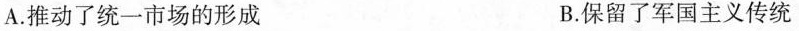
A.推动了统一市场的形成 B.保留了军国主义传统